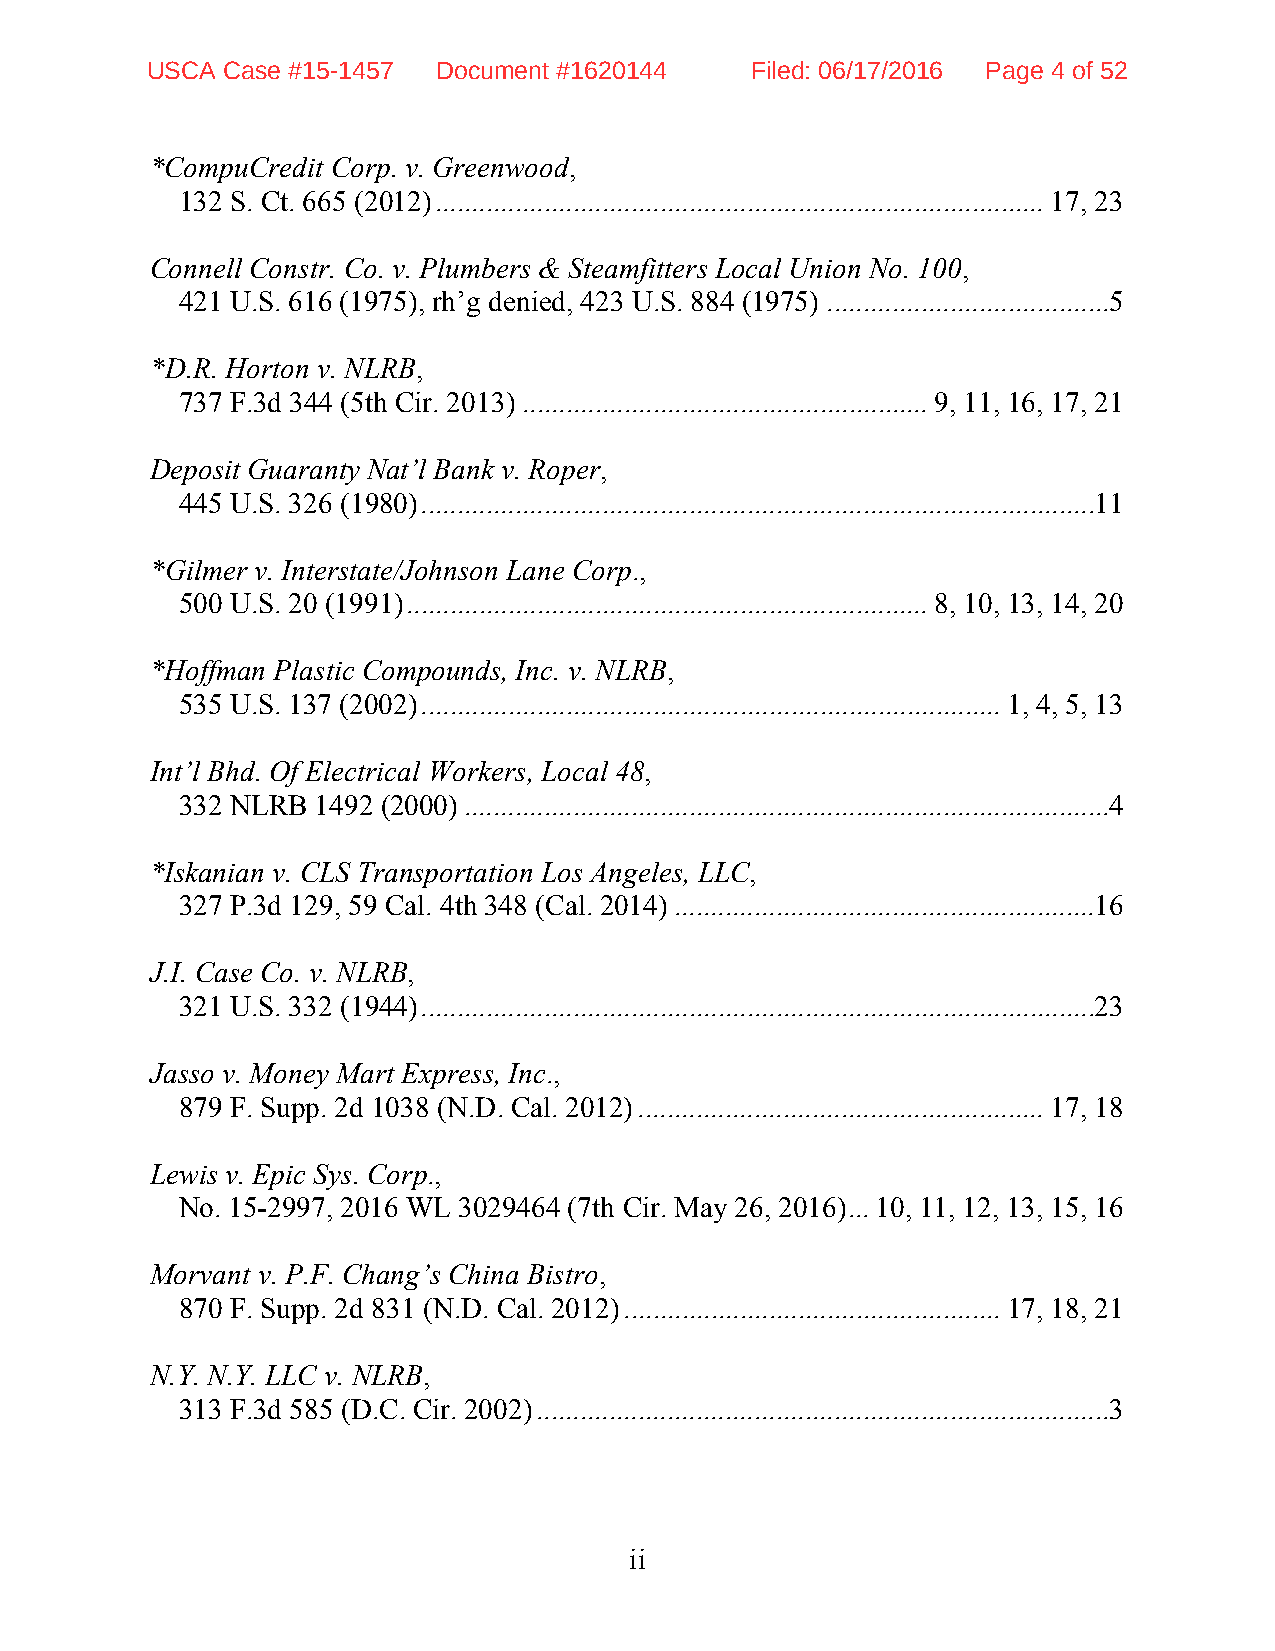
USCA Case #15-1457 Document #1620144    Filed: 06/17/2016 Page 4 of 52
 *CompuCredit Corp. v. Greenwood,
 132 S. Ct. 665 (2012) .................................................................................... 17, 23
 Connell Constr. Co. v. Plumbers & Steamfitters Local Union No. 100,
 421 U.S. 616 (1975), rh’g denied, 423 U.S. 884 (1975) ....................................... 5
 *D.R. Horton v. NLRB,
 737 F.3d 344 (5th Cir. 2013) ........................................................ 9, 11, 16, 17, 21
 Deposit Guaranty Nat’l Bank v. Roper,
 445 U.S. 326 (1980) ............................................................................................. 11
 *Gilmer v. Interstate/Johnson Lane Corp.,
 500 U.S. 20 (1991) ........................................................................ 8, 10, 13, 14, 20
 *Hoffman Plastic Compounds, Inc. v. NLRB,
 535 U.S. 137 (2002) ................................................................................ 1, 4, 5, 13
 Int’l Bhd. Of Electrical Workers, Local 48,
 332 NLRB 1492 (2000) ......................................................................................... 4
 *Iskanian v. CLS Transportation Los Angeles, LLC,
 327 P.3d 129, 59 Cal. 4th 348 (Cal. 2014) .......................................................... 16
 J.I. Case Co. v. NLRB,
 321 U.S. 332 (1944) ............................................................................................. 23
 Jasso v. Money Mart Express, Inc.,
 879 F. Supp. 2d 1038 (N.D. Cal. 2012) ........................................................ 17, 18
 Lewis v. Epic Sys. Corp.,
 No. 15-2997, 2016 WL 3029464 (7th Cir. May 26, 2016) ... 10, 11, 12, 13, 15, 16
 Morvant v. P.F. Chang’s China Bistro,
 870 F. Supp. 2d 831 (N.D. Cal. 2012) .................................................... 17, 18, 21
 N.Y. N.Y. LLC v. NLRB,
 313 F.3d 585 (D.C. Cir. 2002) ............................................................................... 3
 ii